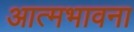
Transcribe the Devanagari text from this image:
आत्मभावना